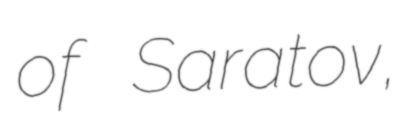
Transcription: of Saratov,